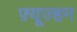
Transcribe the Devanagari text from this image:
फ़्यूज्हन